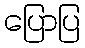
ပြောပြ